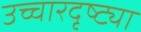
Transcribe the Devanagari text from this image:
उच्चारदृष्ट्या